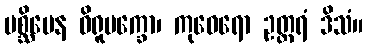
ပစ္ဆိမေန ဝိရူပက္ခော၊ ကုဝေရော ဥတ္တရံ ဒိသံ။